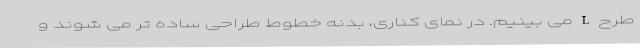
طرح L می بینیم. در نمای کناری، بدنه خطوط طراحی ساده تر می شوند و